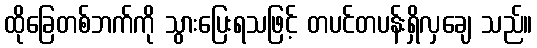
ထိုခြေတစ်ဘက်ကို သွားပြေးရသဖြင့် တပင်တပန်းရှိလှချေ သည်။